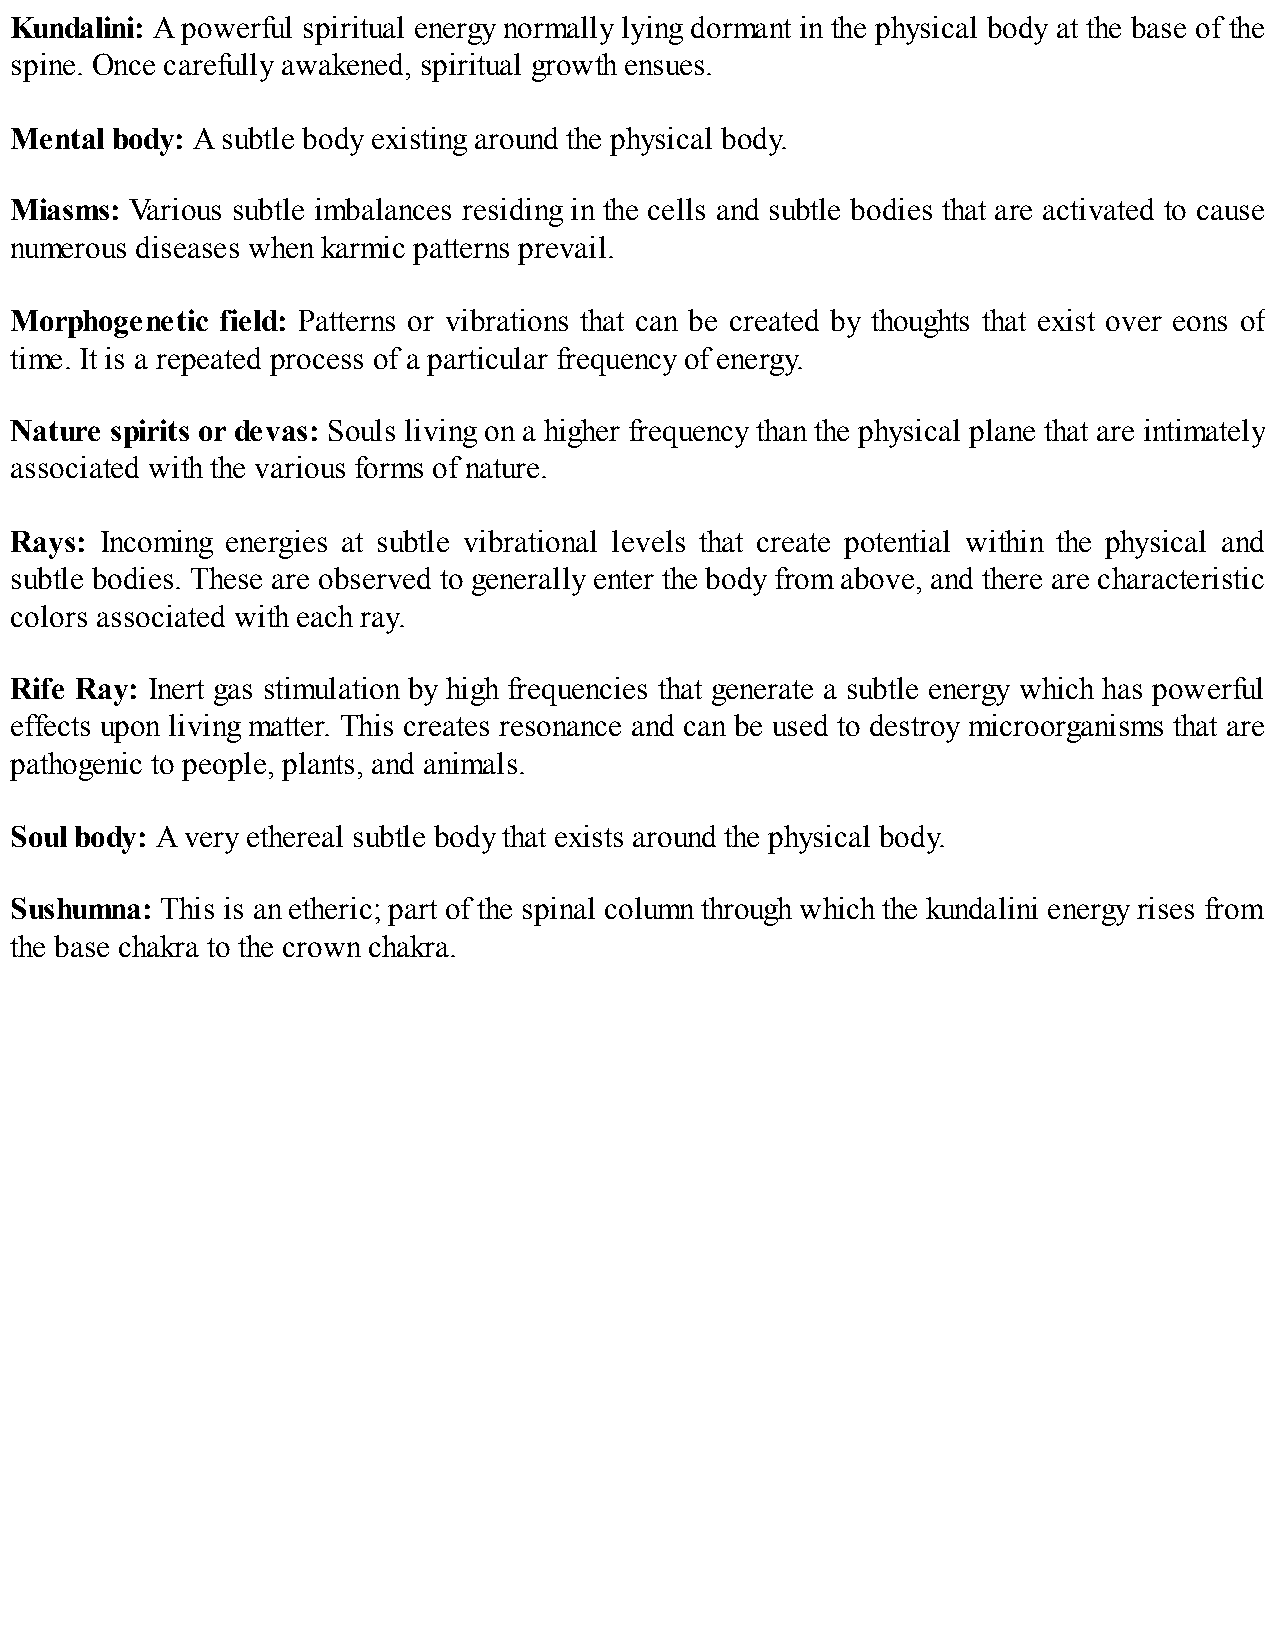
Kundalini: A powerful spiritual energy normally lying dormant in the physical body at the base of the
 spine. Once carefully awakened, spiritual growth ensues.
 Mental body: A subtle body existing around the physical body.
 Miasms: Various subtle imbalances residing in the cells and subtle bodies that are activated to cause
 numerous diseases when karmic patterns prevail.
 Morphogenetic field: Patterns or vibrations that can be created by thoughts that exist over eons of
 time. It is a repeated process of a particular frequency of energy.
 Nature spirits or devas: Souls living on a higher frequency than the physical plane that are intimately
 associated with the various forms of nature.
 Rays: Incoming energies at subtle vibrational levels that create potential within the physical and
 subtle bodies. These are observed to generally enter the body from above, and there are characteristic
 colors associated with each ray.
 Rife Ray: Inert gas stimulation by high frequencies that generate a subtle energy which has powerful
 effects upon living matter. This creates resonance and can be used to destroy microorganisms that are
 pathogenic to people, plants, and animals.
 Soul body: A very ethereal subtle body that exists around the physical body.
 Sushumna: This is an etheric; part of the spinal column through which the kundalini energy rises from
 the base chakra to the crown chakra.